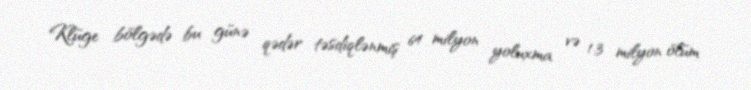
Klüge bölgədə bu günə qədər təsdiqlənmiş 64 milyon yoluxma və 1.3 milyon ölüm